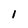
Character: 1